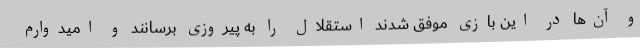
و آن‌ها در این بازی موفق شدند استقلال را به پیروزی برسانند و امیدوارم